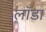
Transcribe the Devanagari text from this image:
लॉडा